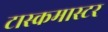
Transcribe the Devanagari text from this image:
टास्कमास्टर